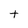
Character: t